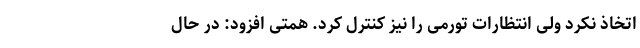
اتخاذ نکرد ولی انتظارات تورمی را نیز کنترل کرد. همتی افزود: در حال